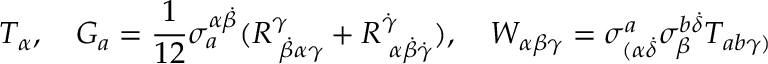
T _ { \alpha } , \quad G _ { a } = \frac { 1 } { 1 2 } \sigma _ { a } ^ { \alpha \dot { \beta } } ( R _ { \, \, \dot { \beta } \alpha \gamma } ^ { \gamma } + R _ { \, \, \alpha \dot { \beta } \dot { \gamma } } ^ { \dot { \gamma } } ) , \quad W _ { \alpha \beta \gamma } = \sigma _ { ( \alpha \dot { \delta } } ^ { a } \sigma _ { \beta } ^ { b \dot { \delta } } T _ { a b \gamma ) }